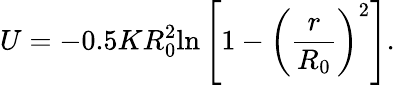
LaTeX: U=-0.5KR_{0}^{2}\mathrm{ln}\left[1-\left(\frac{r}{R_{0}}\right)^{2}\right].